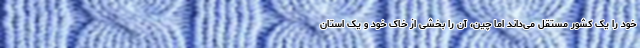
خود را یک کشور مستقل می‌داند اما چین، آن را بخشی از خاک خود و یک استان